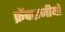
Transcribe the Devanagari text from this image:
फ्रेंचाइजीयों